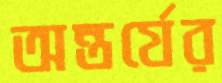
অন্তর্যের